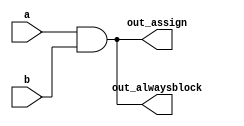
// https://hdlbits.01xz.net/wiki/Alwaysblock1

// synthesis verilog_input_version verilog_2001
module top_module(
    input a,
    input b,
    output wire out_assign,
    output reg  out_alwaysblock
);

    assign out_assign = a & b;

    always @(*) begin
        out_alwaysblock = a & b;
    end

endmodule